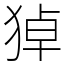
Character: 㹿